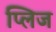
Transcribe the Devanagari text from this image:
प्लिज